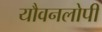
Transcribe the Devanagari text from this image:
यौवनलोपी